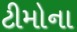
ટીમોના